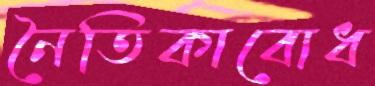
নৈতিকাবোধ